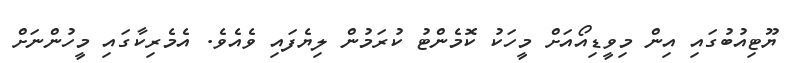
ޔޫޓިއުބުގައި އިން މިވީޑިއޯއަށް މީހަކު ކޮމެންޓު ކުރަމުން ލިޔެފައި ވެއެވެ. އެމެރިކާގައި މީހުންނަށް